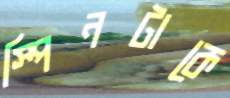
স্পিনটাকে